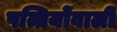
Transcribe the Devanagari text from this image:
पत्तियोंवाली